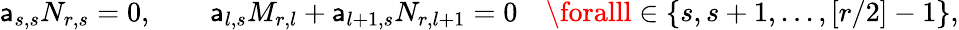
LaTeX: \mathsf{a}_{s,s}N_{r,s}=0,\quad\quad\mathsf{a}_{l,s}M_{r,l}+\mathsf{a}_{l+1,s}N_{r,l+1}=0\quad\foralll\in\{ s,s+1,...,[r/2]-1\} ,